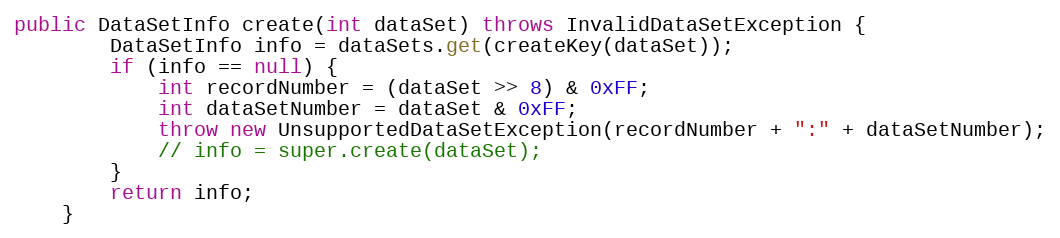
Language: Java
public DataSetInfo create(int dataSet) throws InvalidDataSetException {
		DataSetInfo info = dataSets.get(createKey(dataSet));
		if (info == null) {
			int recordNumber = (dataSet >> 8) & 0xFF;
			int dataSetNumber = dataSet & 0xFF;
			throw new UnsupportedDataSetException(recordNumber + ":" + dataSetNumber);
			// info = super.create(dataSet);
		}
		return info;
	}